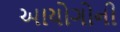
આયોગોની